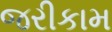
જરીકામ